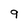
Character: 9